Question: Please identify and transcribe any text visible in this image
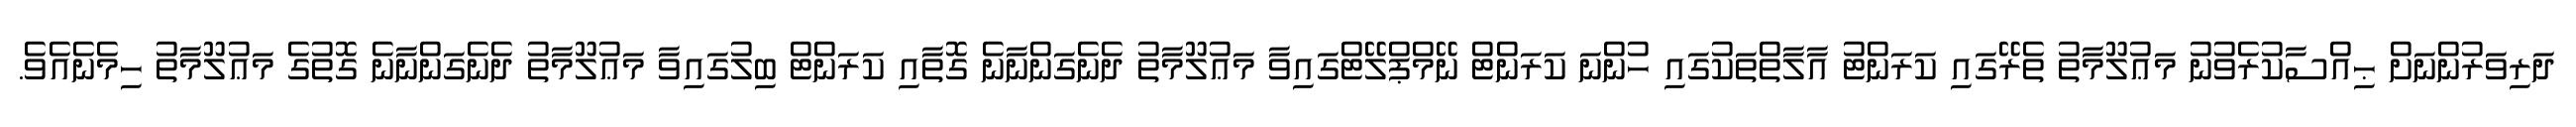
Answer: ދަރިވަރުންނަށް ޙިއްސާކުރެވުނު މަޢުލޫމާތު ތެރޭގައި ކަރަންޓު އާލާތްތަކުގައި ހުންނަ ކަރަންޓް ނޭމްޕްލޭޓްގައިވާ މަޢުލޫމާތު ދެނެގަންނާނެ ގޮތާއި ކަރަންޓް ބިލުގައިވާ މަޢުލޫމާތު ދެނެގަންނާނެ ގޮތުގެ މަޢުލޫމާތު ހިމެނެއެވެ.